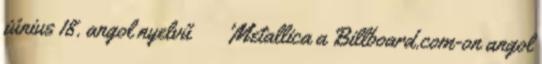
június 18. angol nyelvű ↑ 'Metallica a Billboard.com-on angol